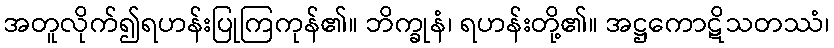
အတူလိုက်၍ရဟန်းပြုကြကုန်၏။ ဘိက္ခုနံ၊ ရဟန်းတို့၏။ အဋ္ဌကောဋိသတဿံ၊